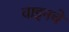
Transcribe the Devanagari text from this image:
वाइनचे